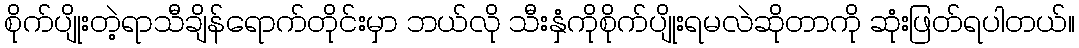
စိုက်ပျိုးတဲ့ရာသီချိန်ရောက်တိုင်းမှာ ဘယ်လို သီးနှံကိုစိုက်ပျိုးရမလဲဆိုတာကို ဆုံးဖြတ်ရပါတယ်။